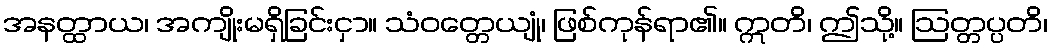
အနတ္ထာယ၊ အကျိုးမရှိခြင်းငှာ။ သံဝတ္တေယျုံ၊ ဖြစ်ကုန်ရာ၏။ ဣတိ၊ ဤသို့။ ဩတ္တပ္ပတိ၊